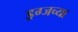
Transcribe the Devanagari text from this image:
ड्रग्जच्या